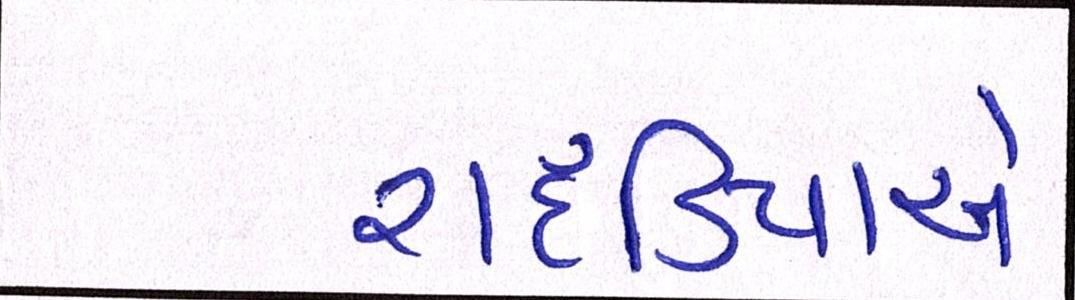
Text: રાદડિયાએ